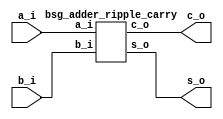
// This program was cloned from: https://github.com/chipsalliance/synlig
// License: Apache License 2.0



module top
(
  a_i,
  b_i,
  s_o,
  c_o
);

  input [15:0] a_i;
  input [15:0] b_i;
  output [15:0] s_o;
  output c_o;

  bsg_adder_ripple_carry
  wrapper
  (
    .a_i(a_i),
    .b_i(b_i),
    .s_o(s_o),
    .c_o(c_o)
  );


endmodule



module bsg_adder_ripple_carry
(
  a_i,
  b_i,
  s_o,
  c_o
);

  input [15:0] a_i;
  input [15:0] b_i;
  output [15:0] s_o;
  output c_o;
  wire [15:0] s_o;
  wire c_o;
  assign { c_o, s_o } = a_i + b_i;

endmodule